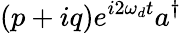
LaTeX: (p+iq)e^{i2\omega_{d}t}a^{\dagger}